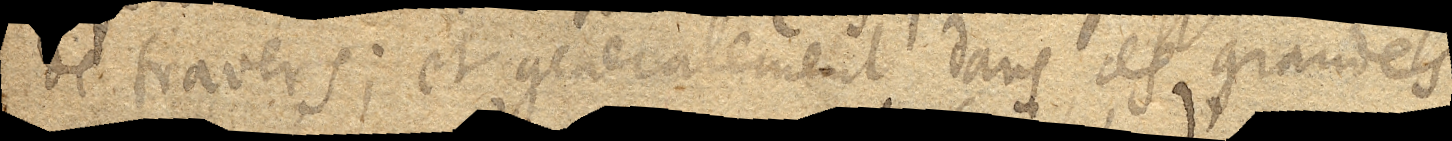
de travers; et generalement dans ces grandes